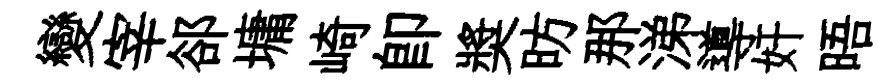
變宰郤墉崎卽奬昉那涕導奸晤